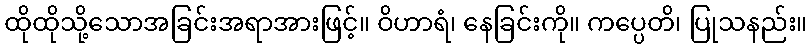
ထိုထိုသို့သောအခြင်းအရာအားဖြင့်။ ဝိဟာရံ၊ နေခြင်းကို။ ကပ္ပေတိ၊ ပြုသနည်း။